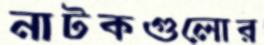
নাটকগুলোর